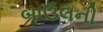
બાઉલની